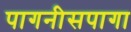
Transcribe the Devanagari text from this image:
पागनीसपागा